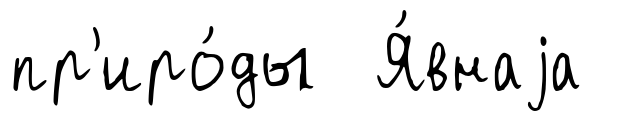
пр'иро́ды Я́внаjа